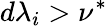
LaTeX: d\lambda_{i}>\nu^{*}